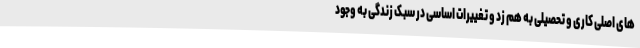
های اصلی کاری و تحصیلی به هم زد و تغییرات اساسی در سبک زندگی به وجود